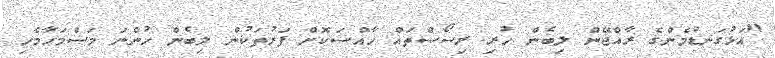
"އަޅުގަނޑުމެންގެ ރާއްޖޭން ލިބެން ހުރި ރިސޯސްތައް ހާއްސަކޮށް ފަރުތަކުން ލިބެން ހުންނަ މަސްމަހާމެހި